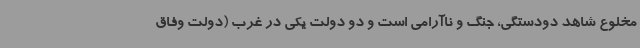
مخلوع شاهد دودستگی، جنگ و ناآرامی است و دو دولت یکی در غرب (دولت وفاق